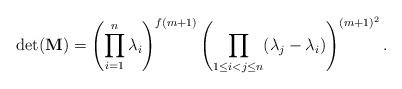
LaTeX: \begin{align*}{\rm{det}}(\mathbf{M}) = \left(\prod_{i=1}^n \lambda_i\right)^{f(m+1)} \left(\prod_{1 \leq i < j \leq n} (\lambda_j - \lambda_i)\right)^{(m+1)^2}.\end{align*}